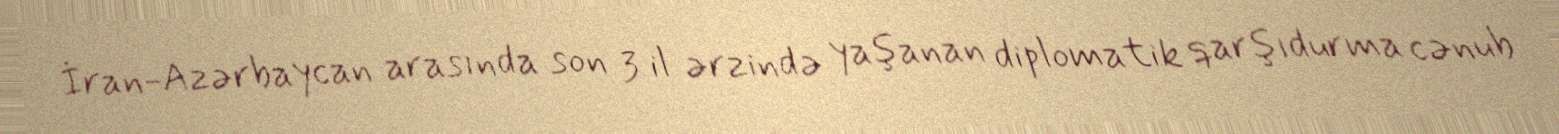
İran-Azərbaycan arasında son 3 il ərzində yaşanan diplomatik qarşıdurma cənub